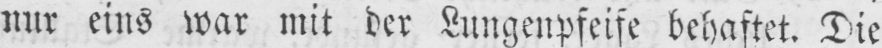
nur eins war mit der Lungenpfeife behaftet. Die